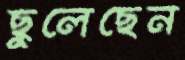
ছুলেছেন